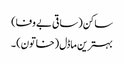
ساکن (ساقی بے وفا)
بہترین ماڈل (خاتون) ۔